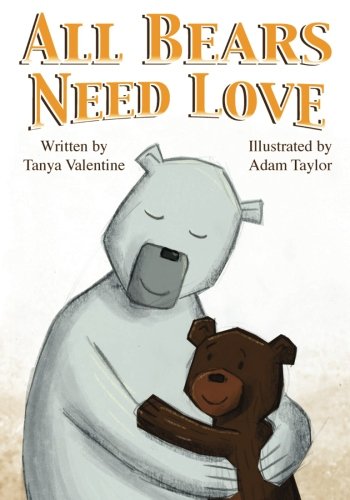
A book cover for All Bears Need Love; Tanya Valentine; Parenting & Relationships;